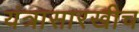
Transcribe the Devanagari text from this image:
यंत्रासारखीच